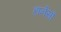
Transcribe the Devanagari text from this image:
हार्नेसों